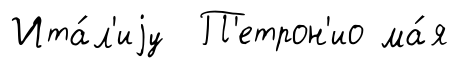
Ита́л'иjу П'етрон'ио ма́я